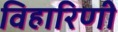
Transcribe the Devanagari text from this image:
विहारिणी